Vaccination North-Western Provinces 1866-1877 - 1866-1877
Year: 1866
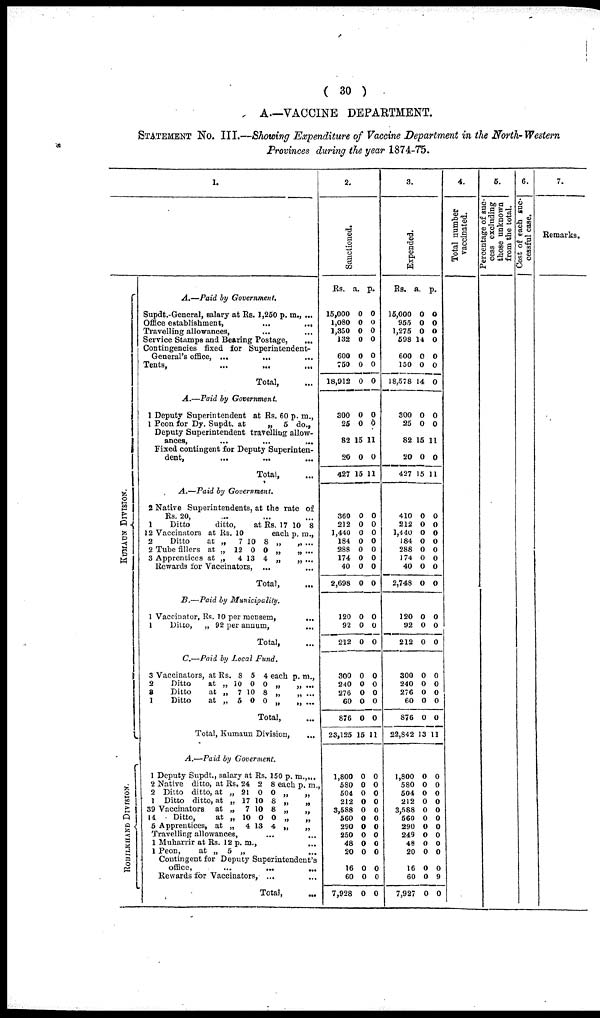
( 30 )
A—VACCINE DEPARTMENT.
STATEMENT NO. III.—Showing Expenditure of Vaccine Department in the North-Western
Provinces during the year 1874-75.
1.
KUMAUN DIVISION.
ROHILKHAKD DIVISION.
A.—Paid by Government.
Supdt.-General, salary at Rs. 1,250 p. m., ...
Office establishment,
...
...
Travelling allowances, ... ...
Service Stamps and Bearing Postage, ...
Contingencies fixed for Superintendent-
General's office, ...
... ...
Tents, ... ... ...
Total, ...
A.—Paid by
Government.
1 Deputy Superintendent at Rs. 60 p. m.,
1 Peon for Dy. Supdt. at
„
5 do.,
Deputy Superintendent travelling allow-
ances, ... ... ...
Fixed contingent for Deputy Superinten-
dent,
...
...
...
Total, ...
A.—Paid by Government.
2 Native Superintendents, at the rate of
Rs. 20, ... ... ...
1
Ditto
ditto,
at Rs. 17 10 8
12 Vaccinators at
2
Ditto
at
2 Tube fillers at
3 Apprentices at
Rs.
„
„
„
10
7
12
4
10
0
13
8
0
4
each
„
„
„
p.
„
„
„
m.,
...
...
...
Rewards for Vaccinators,
... ...
Total, ...
B.—Paid by
Municipality.
1 Vaccinator, Rs. 10 per mensem, ...
1
Ditto,
„ 92 per annum, ...
Total, ...
C.—Paid by Local
Fund.
3 Vaccinators, at
2
Ditto
at
8
Ditto
at
1
Ditto
at
Rs.
„
„
„
8
10
7
5
5
0
10
0
4
0
8
0
each
„
„
„
p.
„
„
„
m.,
...
...
...
Total, ...
Total, Kumaun Division,
A.—Paid by Goverment.
1 Deputy Supdt., salary at Rs. 150 p. m., ...
2 Native ditto, at
2 Ditto ditto, at
1 Ditto ditto, at
39 Vaccinators at
14
Ditto, at
5 Apprentices, at
Rs.
„
„
„
„
„
24
21
17
7
10
4
2 0
10
10
0
13
8
0
0
0
0
3
each
„
„
„
„
„
p.
m.
„
„
„
„
„
Travelling allowances, ... ...
1 Muharrir at Rs. 12 p. m., ...
1 Peon,
at „ 5 „ ...
Contingent for Deputy Superintendent's
office,
...
...
...
Rewards for Vaccinators, ... ...
Total, ...
2.
Sanctioned.
Rs.
15,000
1,080
1,350
132
600
750
18,912
300
25
82
20
427
360
212
1,440
184
288
174
40
2,698
120
92
212
300
240
276
60
876
23,125
1,800
580
504
212
3,588
560
290
250
48
20
16
60
7,928
a.
0
0
0
0
0
0
0
0
0
15
0
15
0
0
0
0
0
0
0
0
0
0
0
0
0
0
0
0
15
0
0
0
0
0
0
0
0
0
0
0
0
0
p.
0
0
0
0
0
0
0
0
0
11
0
11
0
0
0
0
0
0
0
0
0
0
0
0
0
0
0
0
11
0
0
0
0
0
0
0
0
0
0
0
0
0
3.
Expended.
Rs.
15,000
955
1,275
598
600
150
18,578
300
25
82
20
427
410
212
1,440
184
288
174
40
2,748
120
92
212
300
240
276
60
876
22,842
1,800
580
504
212
3,588
560
290
249
48
20
16
60
7,927
a.
0
0
0
14
0
0
14
0
0
15
0
15
0
0
0
0
0
0
0
0
0
0
0
0
0
0
0
0
13
0
0
0
0
0
0
0
0
0
0
0
0
0
p.
0
0
0
0
0
0
0
0
0
11
0
11
0
0
0
0
0
0
0
0
0
0
0
0
0
0
0
0
11
0
0
0
0
0
0
0
0
0
0
0
9
0
4.
Total number
vaccinated.
5.
Percentage of suc-
cess excluding
those unknown
from the total.
6.
Cost of each suc-
cessful case.
7.
Remarks.